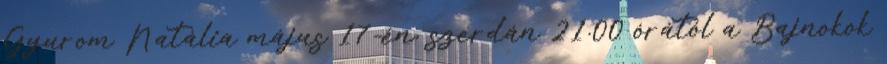
Gyurom Natália május 17-én, szerdán 21.00 órától a Bajnokok